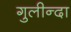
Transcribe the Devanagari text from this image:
गुलीन्दा